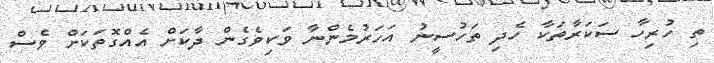
ތި ހުރިހާ ސަކަރާތަކާ ހެދި ތަހުސީނު އަހަރުމެންނާ ވަކިވެގެން ދާކަށް އެއްގޮތަކަށް ވެސް